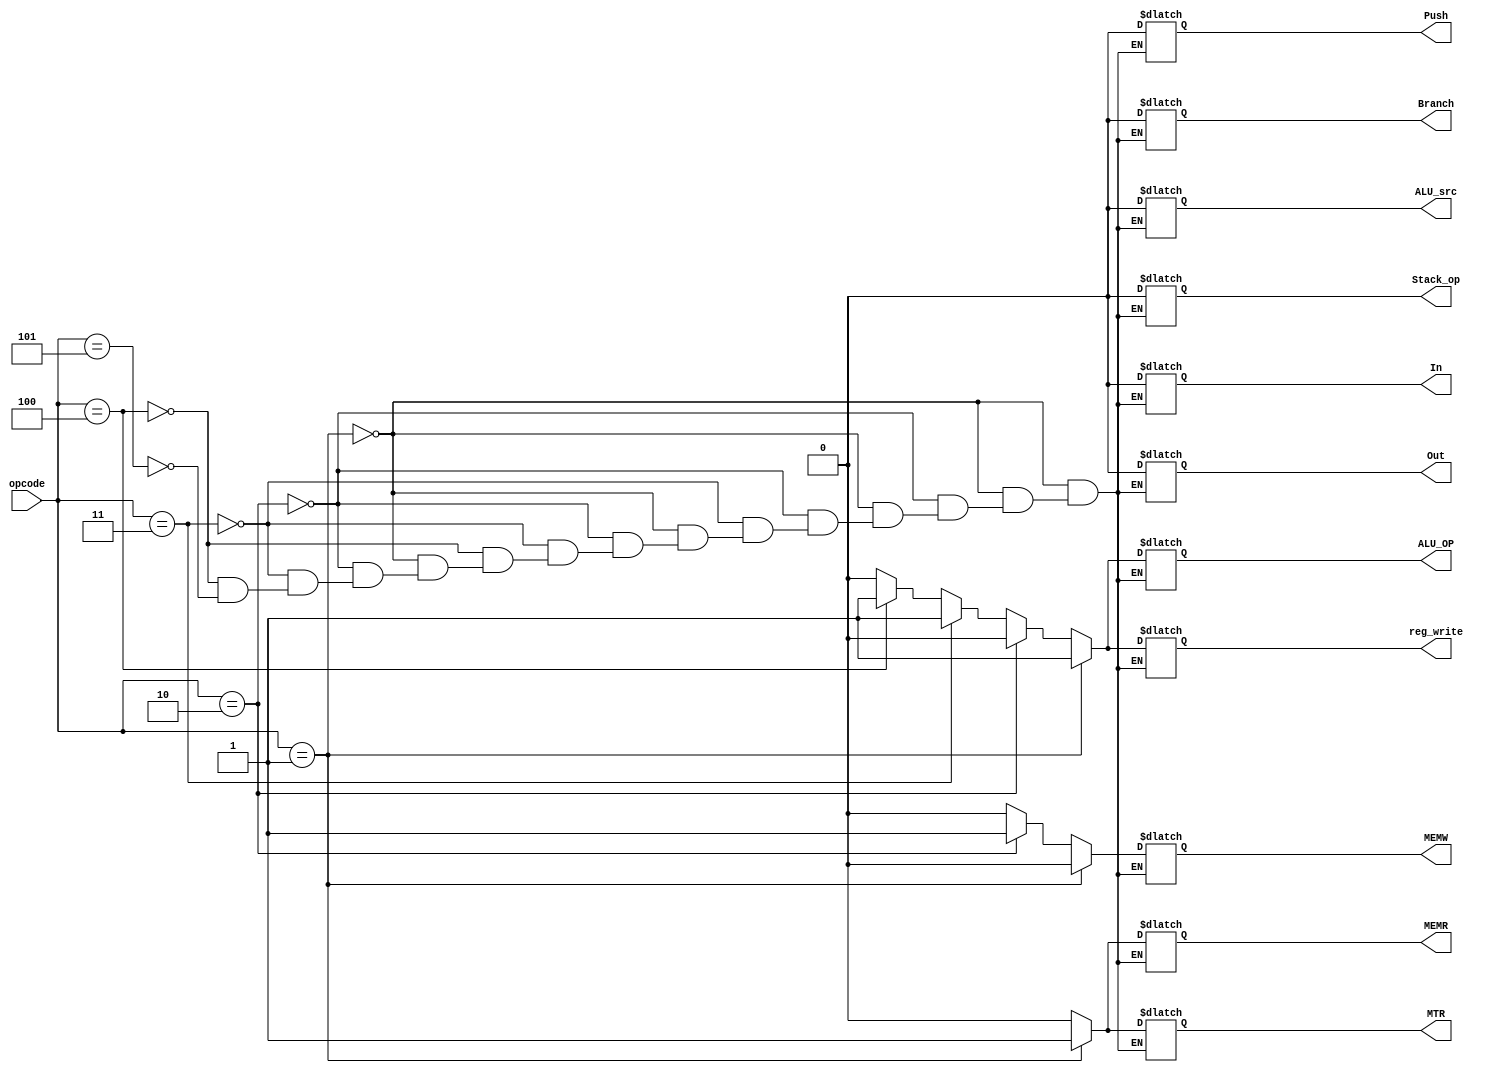

//Controle Signal
/*
Controle Unit which send controle signals 
inputs:
  - opcode
output:
  - all output signals
  -ALU OP
  -ALU src
  -MEMW
  -MEMR
  -Memory to Reg(MTR)
  -reg write

  -Branch
  -In
  -Out
  -Stack op
  -Push
*/
module CU(
opcode,
ALU_OP,
ALU_src,
MEMW,
MEMR,
MTR,
reg_write,
Branch,
In,
Out,
Stack_op,
Push,
);
input [2:0] opcode;

output reg ALU_OP,ALU_src,MEMW,MEMR,MTR,reg_write,Branch,In,Out,Stack_op,Push;

always @ (*) begin
  if(opcode == 3'b001) begin   
//LDD
    ALU_OP=1'b1;
    ALU_src=1'b0;
    MEMW=1'b0;
    MEMR=1'b1;
    MTR=1'b1;
    reg_write=1'b1;

    Branch=1'b0;
    In=1'b0;
    Out=1'b0;
    Stack_op=1'b0;
    Push=1'b0;

  end
  else if(opcode == 3'b010) begin
//STD
    ALU_OP=1'b0;
    ALU_src=1'b0;
    MEMW=1'b1;
    MEMR=1'b0;
    MTR=1'b0;
    reg_write=1'b0;

    Branch=1'b0;
    In=1'b0;
    Out=1'b0;
    Stack_op=1'b0;
    Push=1'b0;

  end  
  else if(opcode == 3'b011) begin
//ADD
    ALU_OP=1'b1;
    ALU_src=1'b0;
    MEMW=1'b0;
    MEMR=1'b0;
    MTR=1'b0;
    reg_write=1'b1;

    Branch=1'b0;
    In=1'b0;
    Out=1'b0;
    Stack_op=1'b0;
    Push=1'b0;

  end
  else if(opcode == 3'b100) begin
//NOT
    ALU_OP=1'b1;
    ALU_src=1'b0;
    MEMW=1'b0;
    MEMR=1'b0;
    MTR=1'b0;
    reg_write=1'b1;

    Branch=1'b0;
    In=1'b0;
    Out=1'b0;
    Stack_op=1'b0;
    Push=1'b0;

  end
  else if(opcode == 3'b101) begin
//NOP
    ALU_OP=1'b0;
    ALU_src=1'b0;
    MEMW=1'b0;
    MEMR=1'b0;
    MTR=1'b0;
    reg_write=1'b0;

    Branch=1'b0;
    In=1'b0;
    Out=1'b0;
    Stack_op=1'b0;
    Push=1'b0;
  end

end

endmodule